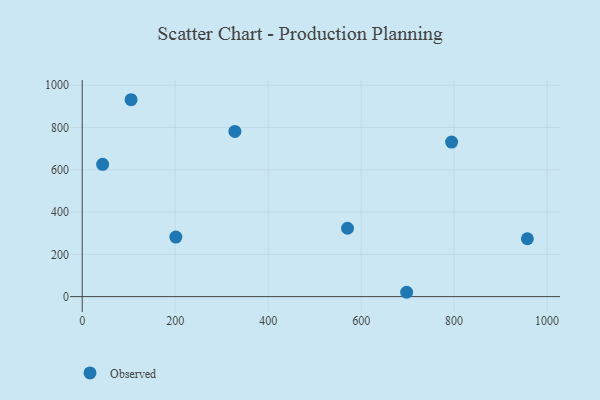
{"axis": {"x": "Experience", "y": "Demand"}, "legend": ["Observed"], "data": [{"x": "328.4", "y": 781.4, "type": "Observed"}, {"x": "794.6", "y": 731.2, "type": "Observed"}, {"x": "43.9", "y": 626.0, "type": "Observed"}, {"x": "957.6", "y": 273.8, "type": "Observed"}, {"x": "105.1", "y": 931.6, "type": "Observed"}, {"x": "570.7", "y": 323.5, "type": "Observed"}, {"x": "201.4", "y": 281.8, "type": "Observed"}, {"x": "697.9", "y": 20.5, "type": "Observed"}]}